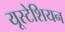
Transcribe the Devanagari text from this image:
यूस्टेशियन